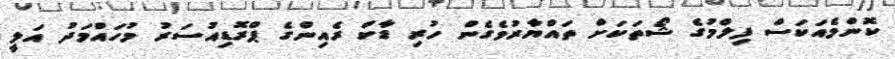
ކޮންމެއަކަސް ފިލްމުގެ ޝޯތަކަށް ތައްޔާރުވެގެން ހުރި ޑާކް ރެއިންގެ ޕްރޮޑިއުސަރު މުހައްމަދު އަލީ